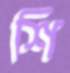
শি